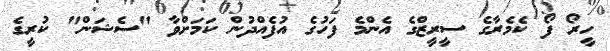
ހީރޯ ފޯ ކެމެރާގެ ސީރީޒްގެ އެންމެ ފަހުގެ އުފެއްދުން ކަމަށްވާ "ސެޝަން" ކުރީގެ